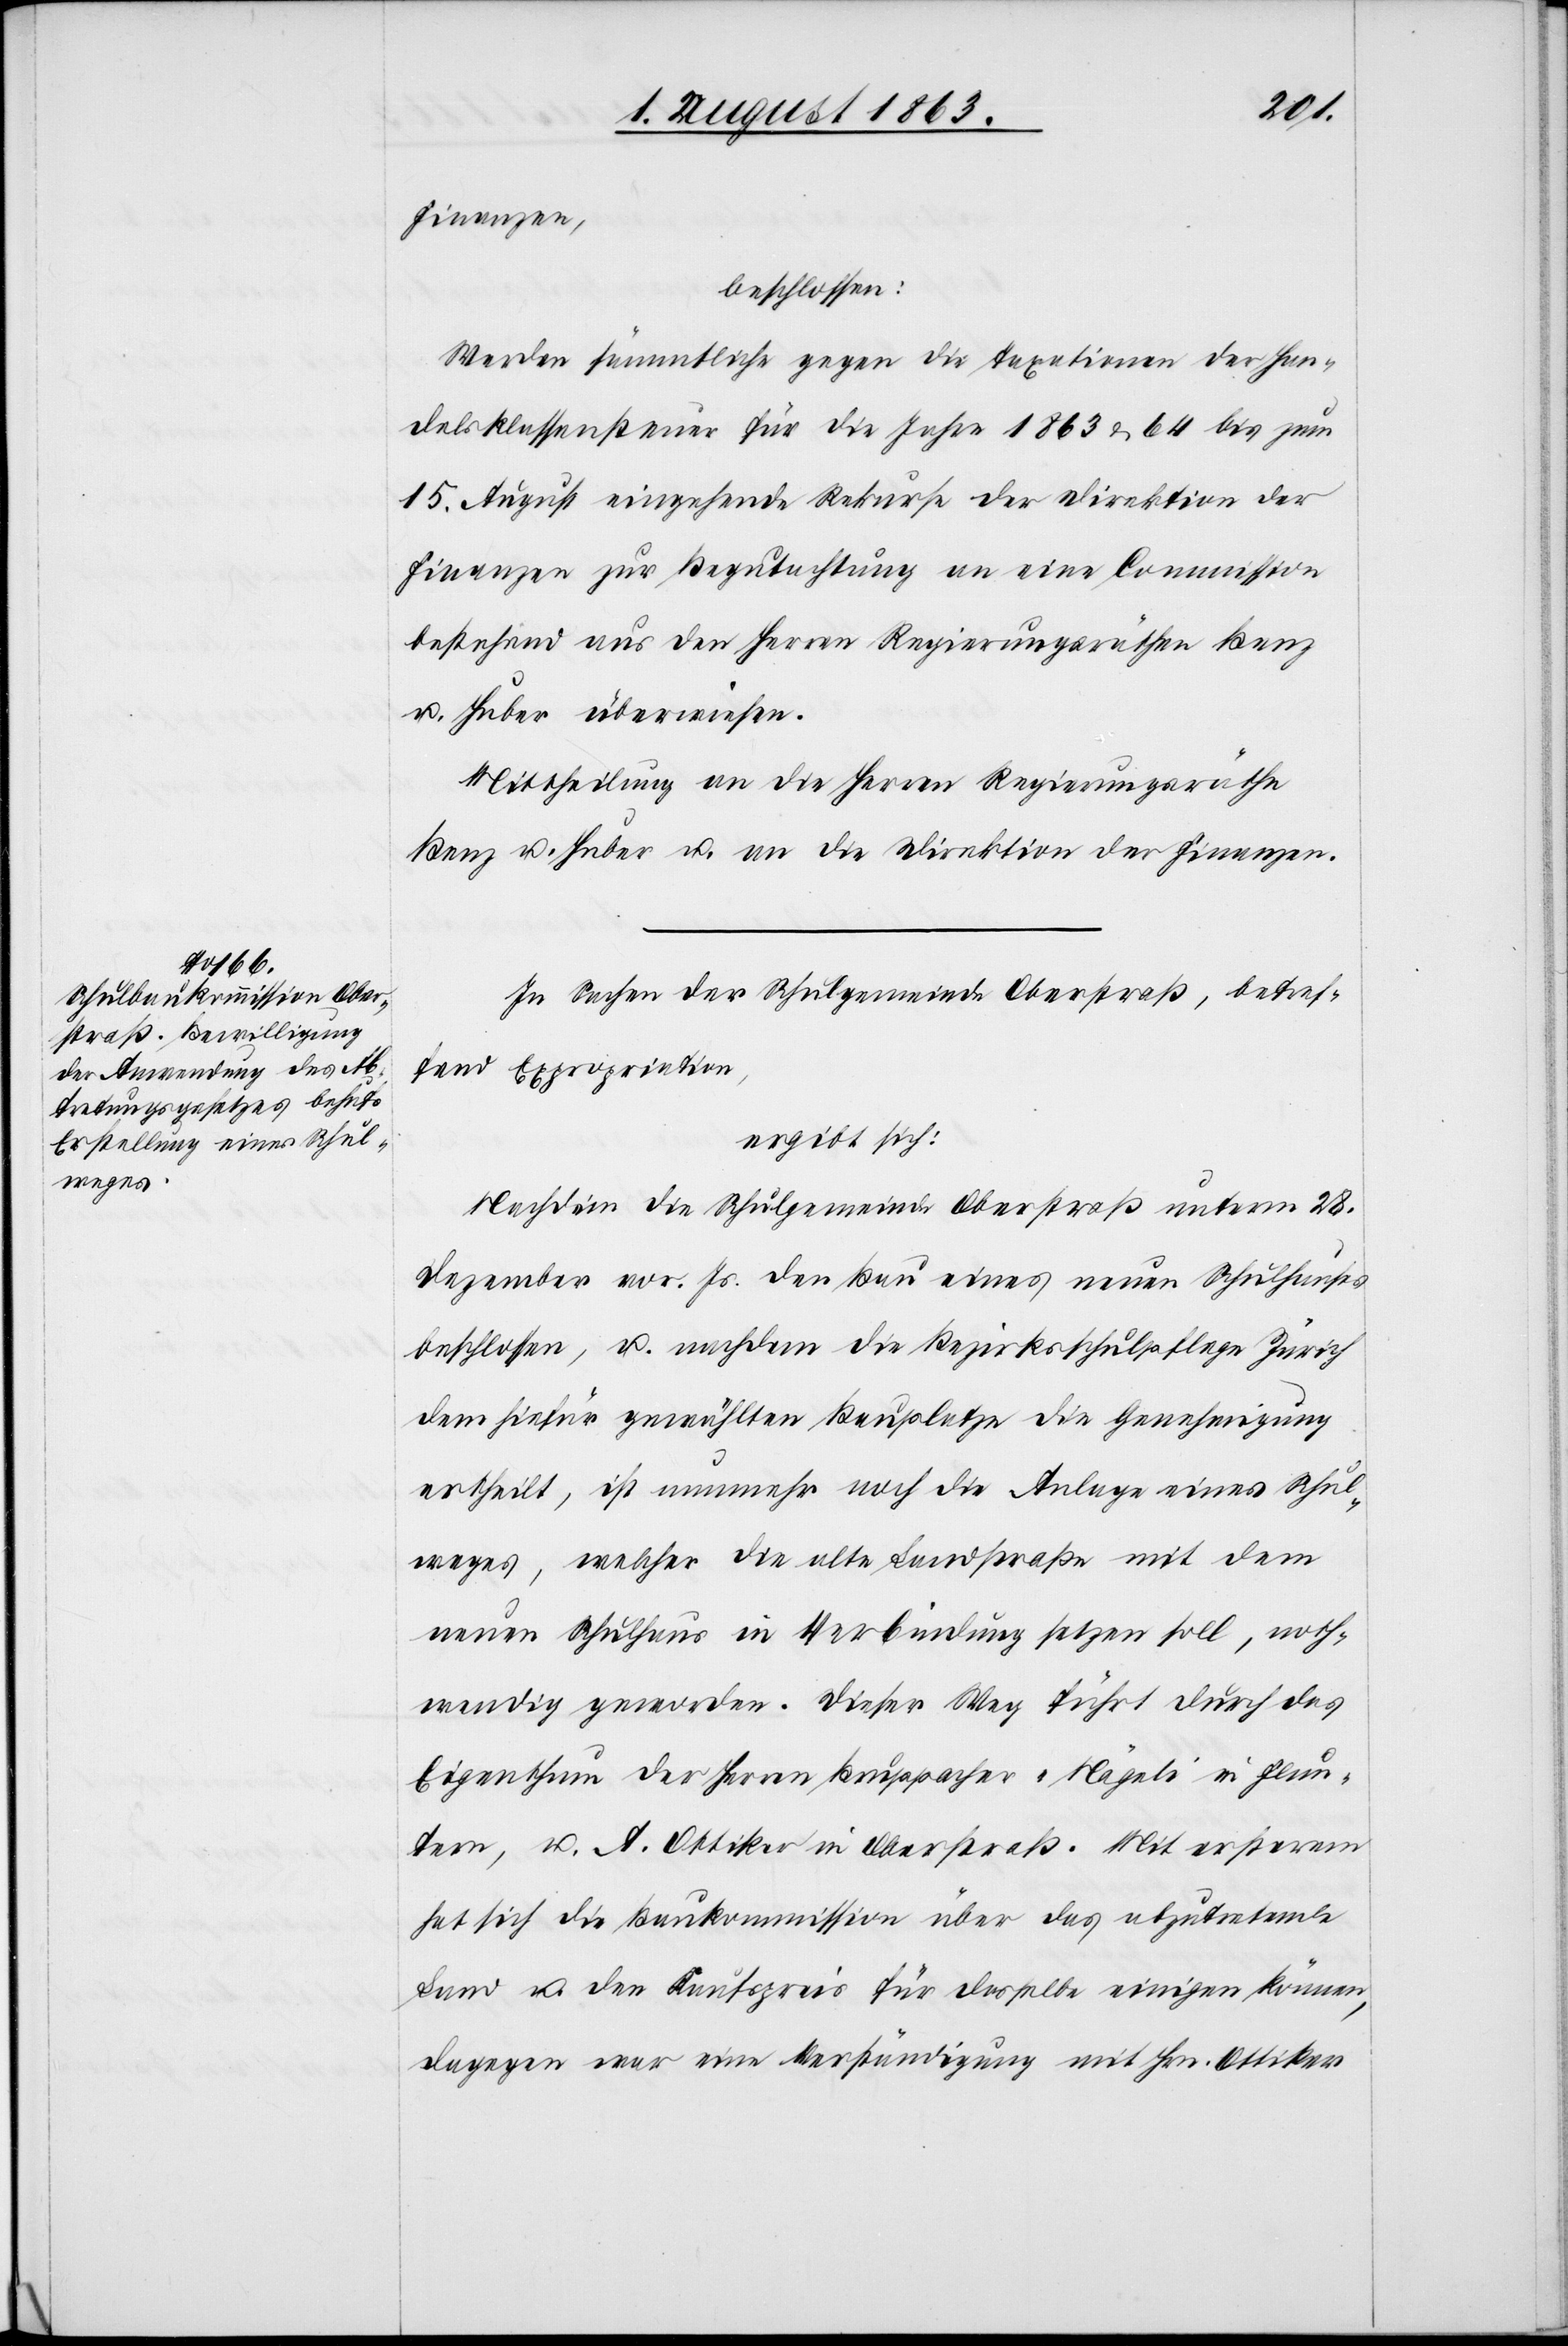
Finanzen,
beschlossen:
Werden sämmtliche gegen die Taxationen der Han¬
delsklassensteuer für die Jahre 1863 & 64 bis zum
15. August eingehende Rekurse der Direktion der
Finanzen zur Begutachtung an eine Commission
bestehend aus den Herren Regierungsräthen Benz
u. Huber überwiesen.
Mittheilung an die Herren Regierungsräthe
Benz u. Huber u. an die Direktion der Finanzen.
In Sachen der Schulgemeinde Oberstraß, betref¬
fend Expropriation,
ergibt sich:
Nachdem die Schulgemeinde Oberstraß unterm 28.
Dezember vor. Js. der Bau eines neuen Schulhauses
beschlossen, u. nachdem die Bezirksschulpflege Zürich
dem hiefür gewählten Bauplatze die Genehmigung
ertheilt, ist nunmehr noch die Anlage eines Schul¬
weges, welcher die alte Landstraße mit dem
neuen Schulhaus in Verbindung setzen soll, noth¬
wendig geworden. Dieser Weg führt durch das
Eigenthum der Herren Bruppacher-Nägeli in Flun¬
tern, u. A. Ottiker in Oberstraß. Mit ersterem
hat sich die Baukommission über das abzutretende
Land u. den Kaufpreis für dasselbe einigen können,
dagegen war eine Verständigung mit Hrn. Ottiker